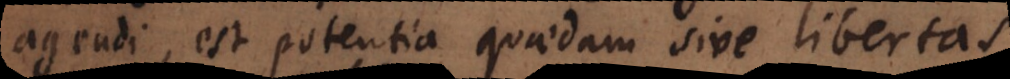
agendi potentiam quandam sive libertatem